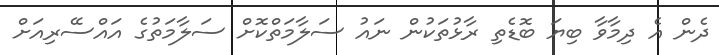
ދެން އެ ދިމާވާ ބިޔަ ބޮޑެތި ރާޅުތަކުން ނައު ސަލާމަތްކޮށް ސަލާމަތުގެ އައްސޭރިއަށް